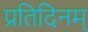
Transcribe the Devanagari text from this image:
प्रतिदिनम्‌